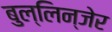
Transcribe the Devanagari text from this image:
बुल्लिन्जेर